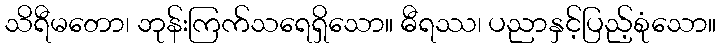
သိရီမတော၊ ဘုန်းကြက်သရေရှိသော။ ဓီရဿ၊ ပညာနှင့်ပြည့်စုံသော။